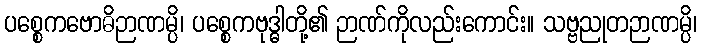
ပစ္စေကဗောဓိဉာဏမ္ပိ၊ ပစ္စေကဗုဒ္ဓါတို့၏ ဉာဏ်ကိုလည်းကောင်း။ သဗ္ဗညုတဉာဏမ္ပိ၊